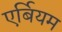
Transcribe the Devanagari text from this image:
एर्बियम